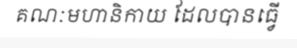
គណៈមហានិកាយ ដែលបានធ្វើ